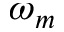
\omega _ { m }